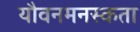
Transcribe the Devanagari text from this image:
यौवनमनस्कता